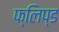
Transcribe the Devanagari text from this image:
फ्लिप्ड